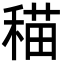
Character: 䅦